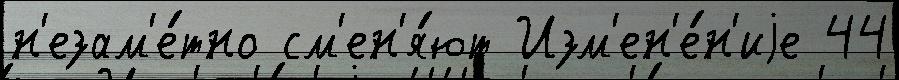
н'езам'е́тно см'ен'я́ют Изм'ен'е́н'иjе 44